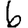
Digit: 6